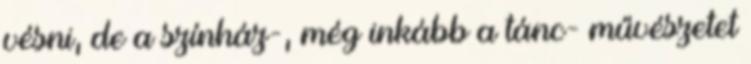
vésni, de a színház-, még inkább a tánc- művészetet